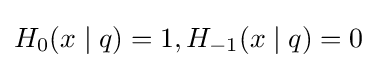
H_{0}(x\mid q)=1,H_{-1}(x\mid q)=0